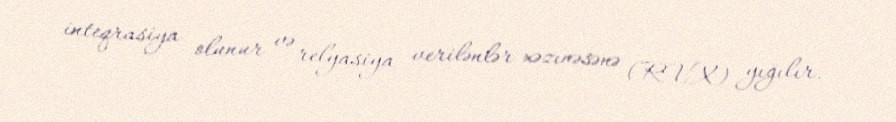
inteqrasiya olunur və relyasiya verilənlər xəzınəsənə (RVX) yığılır.